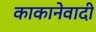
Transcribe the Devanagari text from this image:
काकानेवादी